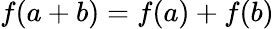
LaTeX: f(a+b)=f(a)+f(b)